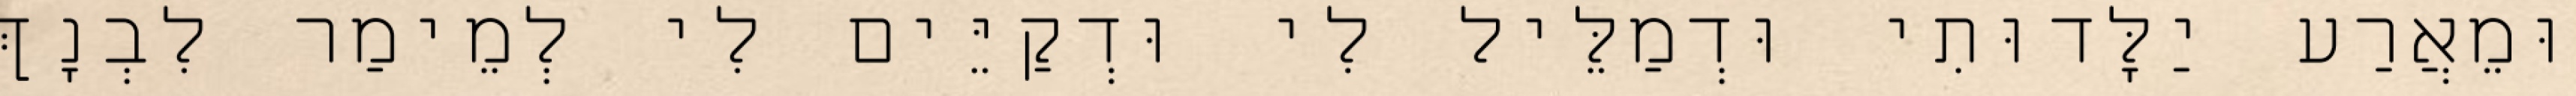
וּמֵאֲרַע יַלָּדוּתִי וּדְמַלֵּיל לִי וּדְקַיֵּים לִי לְמֵימַר לִבְנָךְ